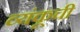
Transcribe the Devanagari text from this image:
व्यंकूची